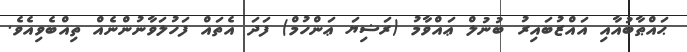
ޙައްޠާބުއާއި އައްޒުބައިރު ބުނުލް ޢައްވާމު (ރަޟިޔަ ޢަންހުމް) ފަދަ އެތައް ފަހުލަވާނުންނެއް ތިއްބެވިއެވެ.